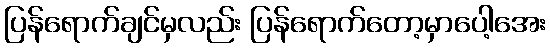
ပြန်ရောက်ချင်မှလည်း ပြန်ရောက်တော့မှာပေါ့အေး